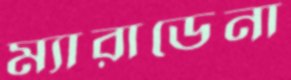
ম্যারাডেনা